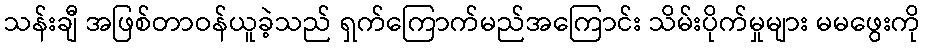
သန်းချီ အဖြစ်တာဝန်ယူခဲ့သည် ရှက်ကြောက်မည်အကြောင်း သိမ်းပိုက်မှုများ မမဖွေးကို